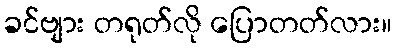
ခင်ဗျား တရုတ်လို ပြောတတ်လား။